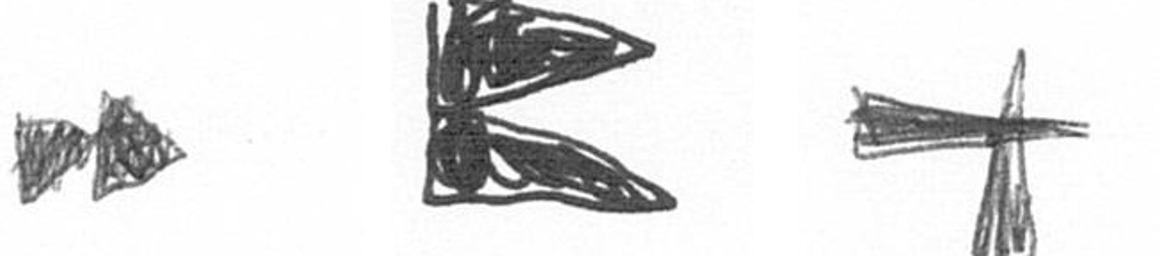
A P G